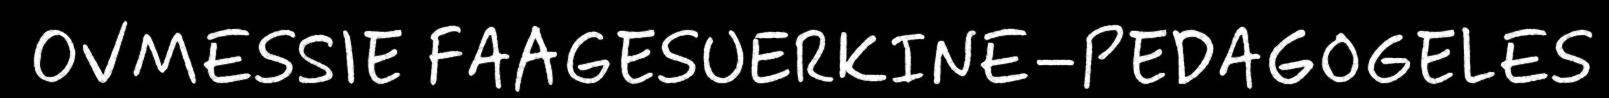
OVMESSIE FAAGESUERKINE−PEDAGOGELES